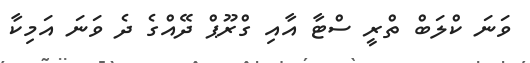
ވަނަ ކްލަބް ތްރީ ސްޓާ އާއި ގްރޫޕް ދޭއްގެ ދެ ވަނަ އަމިކާ